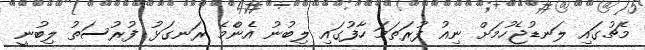
މެޗުގައި ލަނޑުޖެހުމަށް ނިއު ފުރަތަމަ ހާފުގައި ލިބުނު އެންެމެ ރަނގަޅު ފުރުސަތު ލިބުނީ